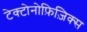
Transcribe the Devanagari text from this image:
टेक्टोनोफ़िज़िक्स